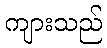
ကျားသည်